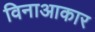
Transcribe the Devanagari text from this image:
विनाआकार